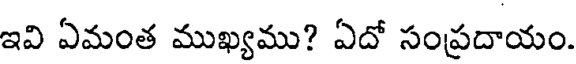
ఇవి ఏమంత ముఖ్యము? ఏదో సంప్రదాయం.